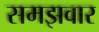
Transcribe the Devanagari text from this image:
समझवार